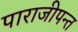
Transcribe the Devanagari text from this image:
पाराजीपन्त